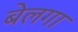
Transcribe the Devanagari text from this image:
बेलगा